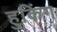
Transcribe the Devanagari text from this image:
हुकिंग